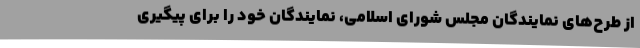
از طرح‌های نمایندگان مجلس شورای اسلامی، نمایندگان خود را برای پیگیری